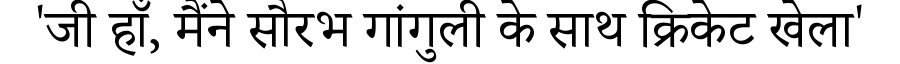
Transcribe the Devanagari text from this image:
'जी हाँ, मैंने सौरभ गांगुली के साथ क्रिकेट खेला'